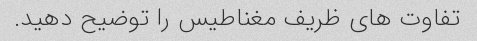
تفاوت های ظریف مغناطیس را توضیح دهید.